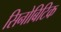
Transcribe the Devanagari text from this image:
सिनोबिटिक